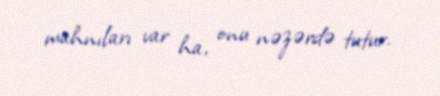
mahnıları var ha, onu nəzərdə tutur.